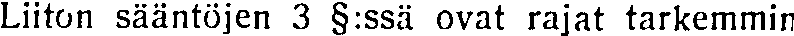
Liiton sääntöjen 3 §:ssä ovat rajat tarkemmin